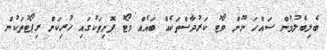
ބެލިބެލުމުން ސައްހަ ނޫން ވޯޓު ކަރުދާސްތަކެއް ބައެއް ވޯޓު ފޮށިތަކުގައި ހުރިކަން ރިޕޯޓުތަކުން